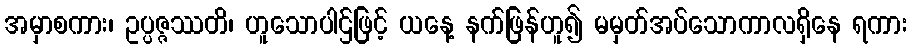
အမှာစကား၊ ဥပ္ပဇ္ဇဿတိ၊ ဟူသောပါဌ်ဖြင့် ယနေ့ နက်ဖြန်ဟူ၍ မမှတ်အပ်သောကာလရှိနေ ရကား